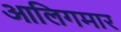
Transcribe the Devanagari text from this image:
आलिगमार